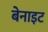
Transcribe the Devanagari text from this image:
बेनाइट